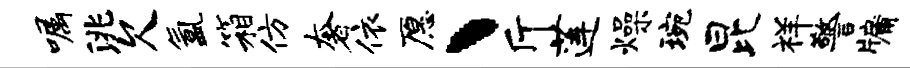
嘱洮欠氲箱仿奢依愿丶斤莲燥琬昆祥警牖